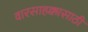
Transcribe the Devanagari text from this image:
वारसाहक्कासाठी